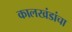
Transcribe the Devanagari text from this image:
कालखंडांचा